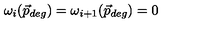
\omega _ { i } ( \vec { p } _ { d e g } ) = \omega _ { i + 1 } ( \vec { p } _ { d e g } ) = 0